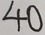
4 0